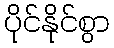
ပိုင်နိုင်စွာ